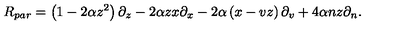
R _ { p a r } = \left( 1 - 2 \alpha z ^ { 2 } \right) \partial _ { z } - 2 \alpha z x \partial _ { x } - 2 \alpha \left( x - v z \right) \partial _ { v } + 4 \alpha n z \partial _ { n } .